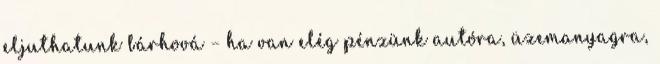
eljuthatunk bárhová – ha van elég pénzünk autóra, üzemanyagra,